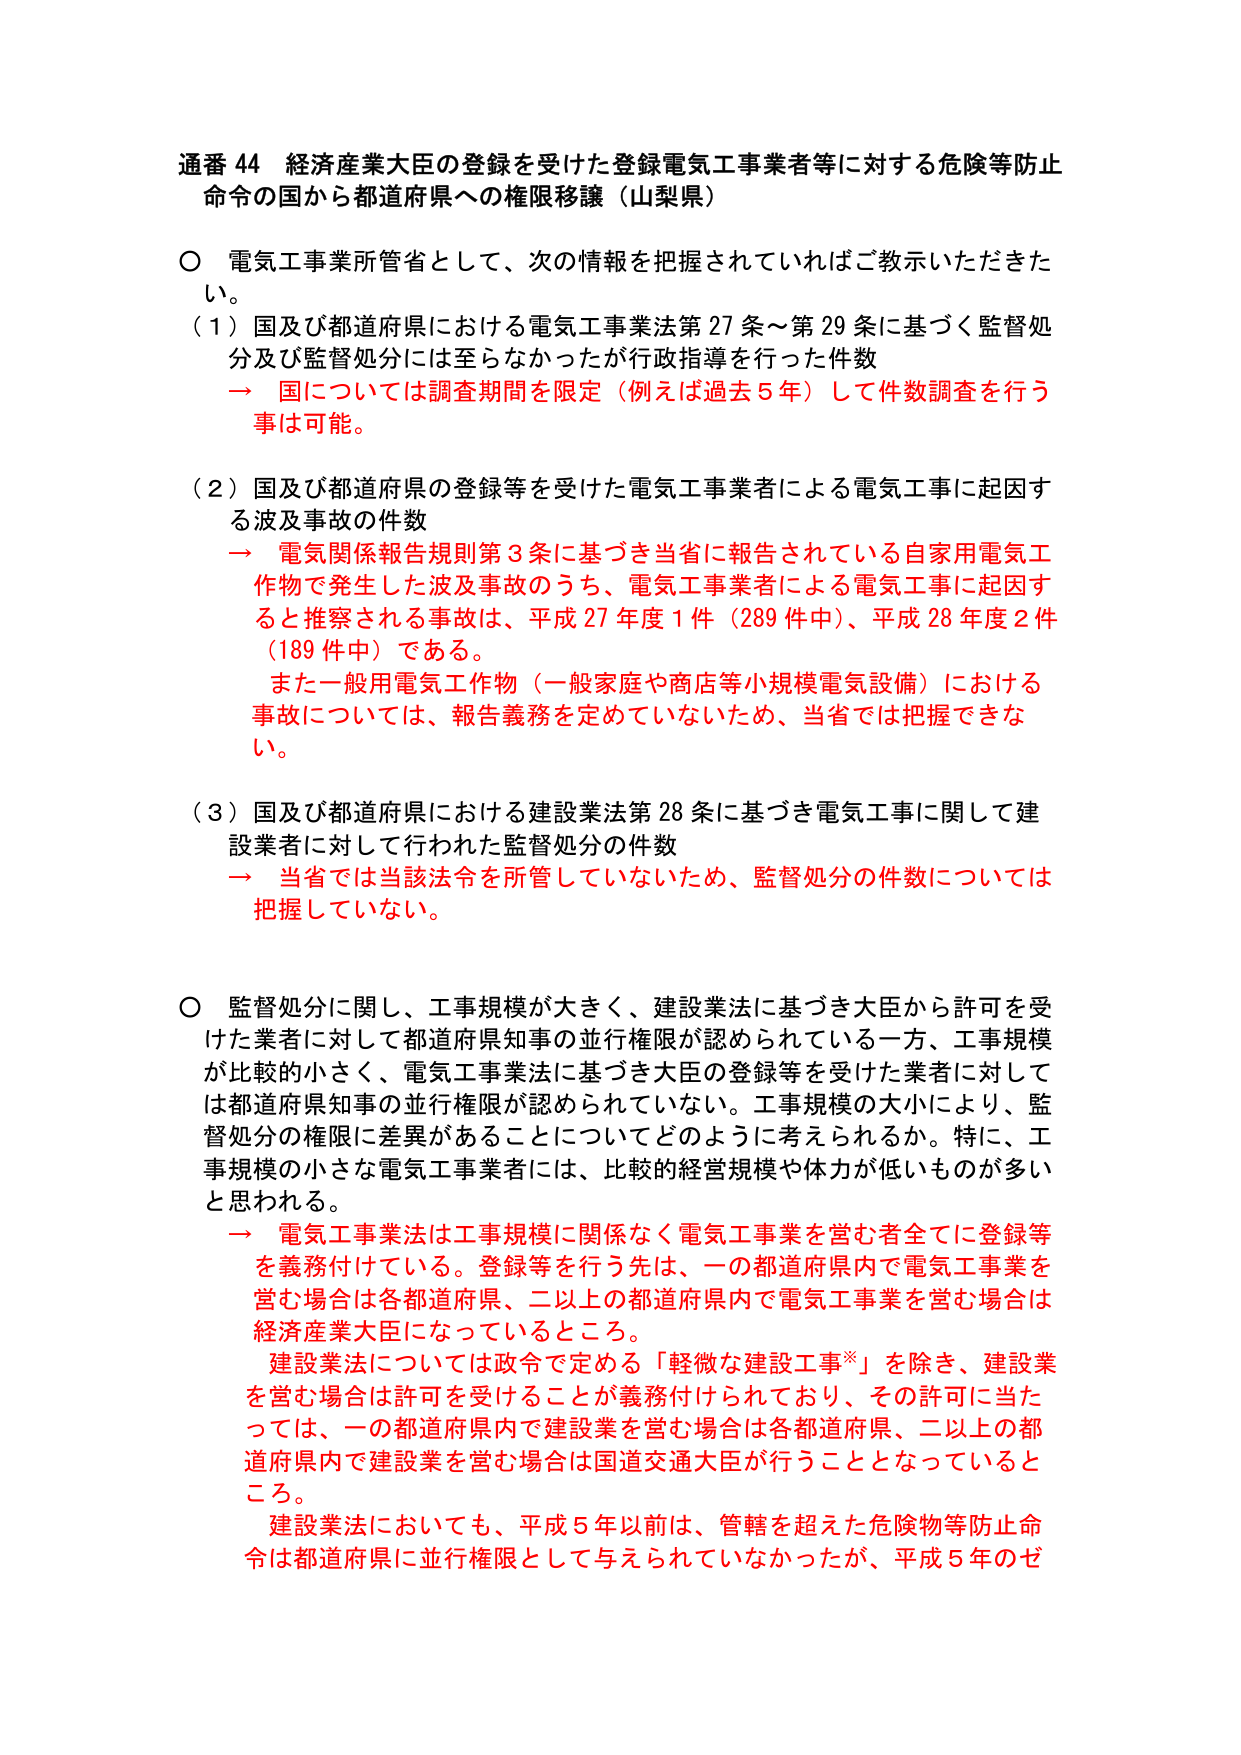
通番 44 経済産業大臣の登録を受けた登録電気工事業者等に対する危険等防止命令の国から都道府県への権限移譲（山梨県）

〇 電気工事業所管省として、次の情報を把握されていればご教示いただきた
い。
（1）国及び都道府県における電気工事業法第27条～第29条に基づく監督処分及び監督処分には至らなかったが行政指導を行った件数
→ 国については調査期間を限定（例えば過去5年）して件数調査を行う事は可能。

（2）国及び都道府県の登録等を受けた電気工事業者による電気工事に起因する波及事故の件数
→ 電気関係報告規則第3条に基づき当省に報告されている自家用電気工作物で発生した波及事故のうち、電気工事業者による電気工事に起因すると推察される事故は、平成27年度1件（289件中）、平成28年度2件（189件中）である。
また一般用電気工作物（一般家庭や商店等小規模電気設備）における事故については、報告義務を定めていないため、当省では把握できない。

（3）国及び都道府県における建設業法第28条に基づき電気工事に関して建設業者に対して行われた監督処分の件数
→ 当省では当該法令を所管していないため、監督処分の件数については把握していない。

〇 監督処分に関し、工事規模が大きく、建設業法に基づき大臣から許可を受けた業者に対して都道府県知事の並行権限が認められている一方、工事規模が比較的小さく、電気工事業法に基づき大臣の登録等を受けた業者に対しては都道府県知事の並行権限が認められていない。工事規模の大小により、監督処分の権限に差異があることについてどのように考えられるか。特に、工事規模の小さな電気工事業者には、比較的経営規模や体力が低いものが多いと思われる。
→ 電気工事業法は工事規模に関係なく電気工事業を営む者全てに登録等を義務付けている。登録等を行う先は、一の都道府県内で電気工事業を営む場合は各都道府県、二以上の都道府県内で電気工事業を営む場合は経済産業大臣になっているところ。
建設業法については政令で定める「軽微な建設工事※」を除き、建設業を営む場合は許可を受けることが義務付けられており、その許可に当たっては、一の都道府県内で建設業を営む場合は各都道府県、二以上の都道府県内で建設業を営む場合は国道交通大臣が行うこととなっているところ。
建設業法においても、平成5年以前は、管轄を超えた危険物等防止命令は都道府県に並行権限として与えられていなかったが、平成5年のゼ